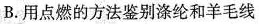
B.用点燃的方法鉴别涤纶和羊毛线